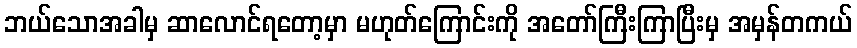
ဘယ်သောအခါမှ ဆာလောင်ရတော့မှာ မဟုတ်ကြောင်းကို အတော်ကြီးကြာပြီးမှ အမှန်တကယ်